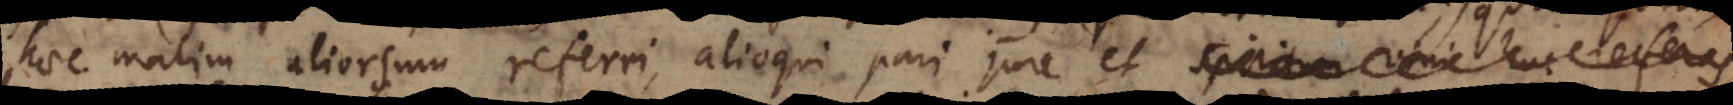
haec malim aliorsum referri, alioqui pari jure et spiritum vini